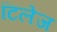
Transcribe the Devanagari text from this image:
टिलेज